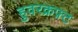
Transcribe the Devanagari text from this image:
हुवरक्रफ़्ट